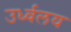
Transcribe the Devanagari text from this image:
उर्ध्वलय